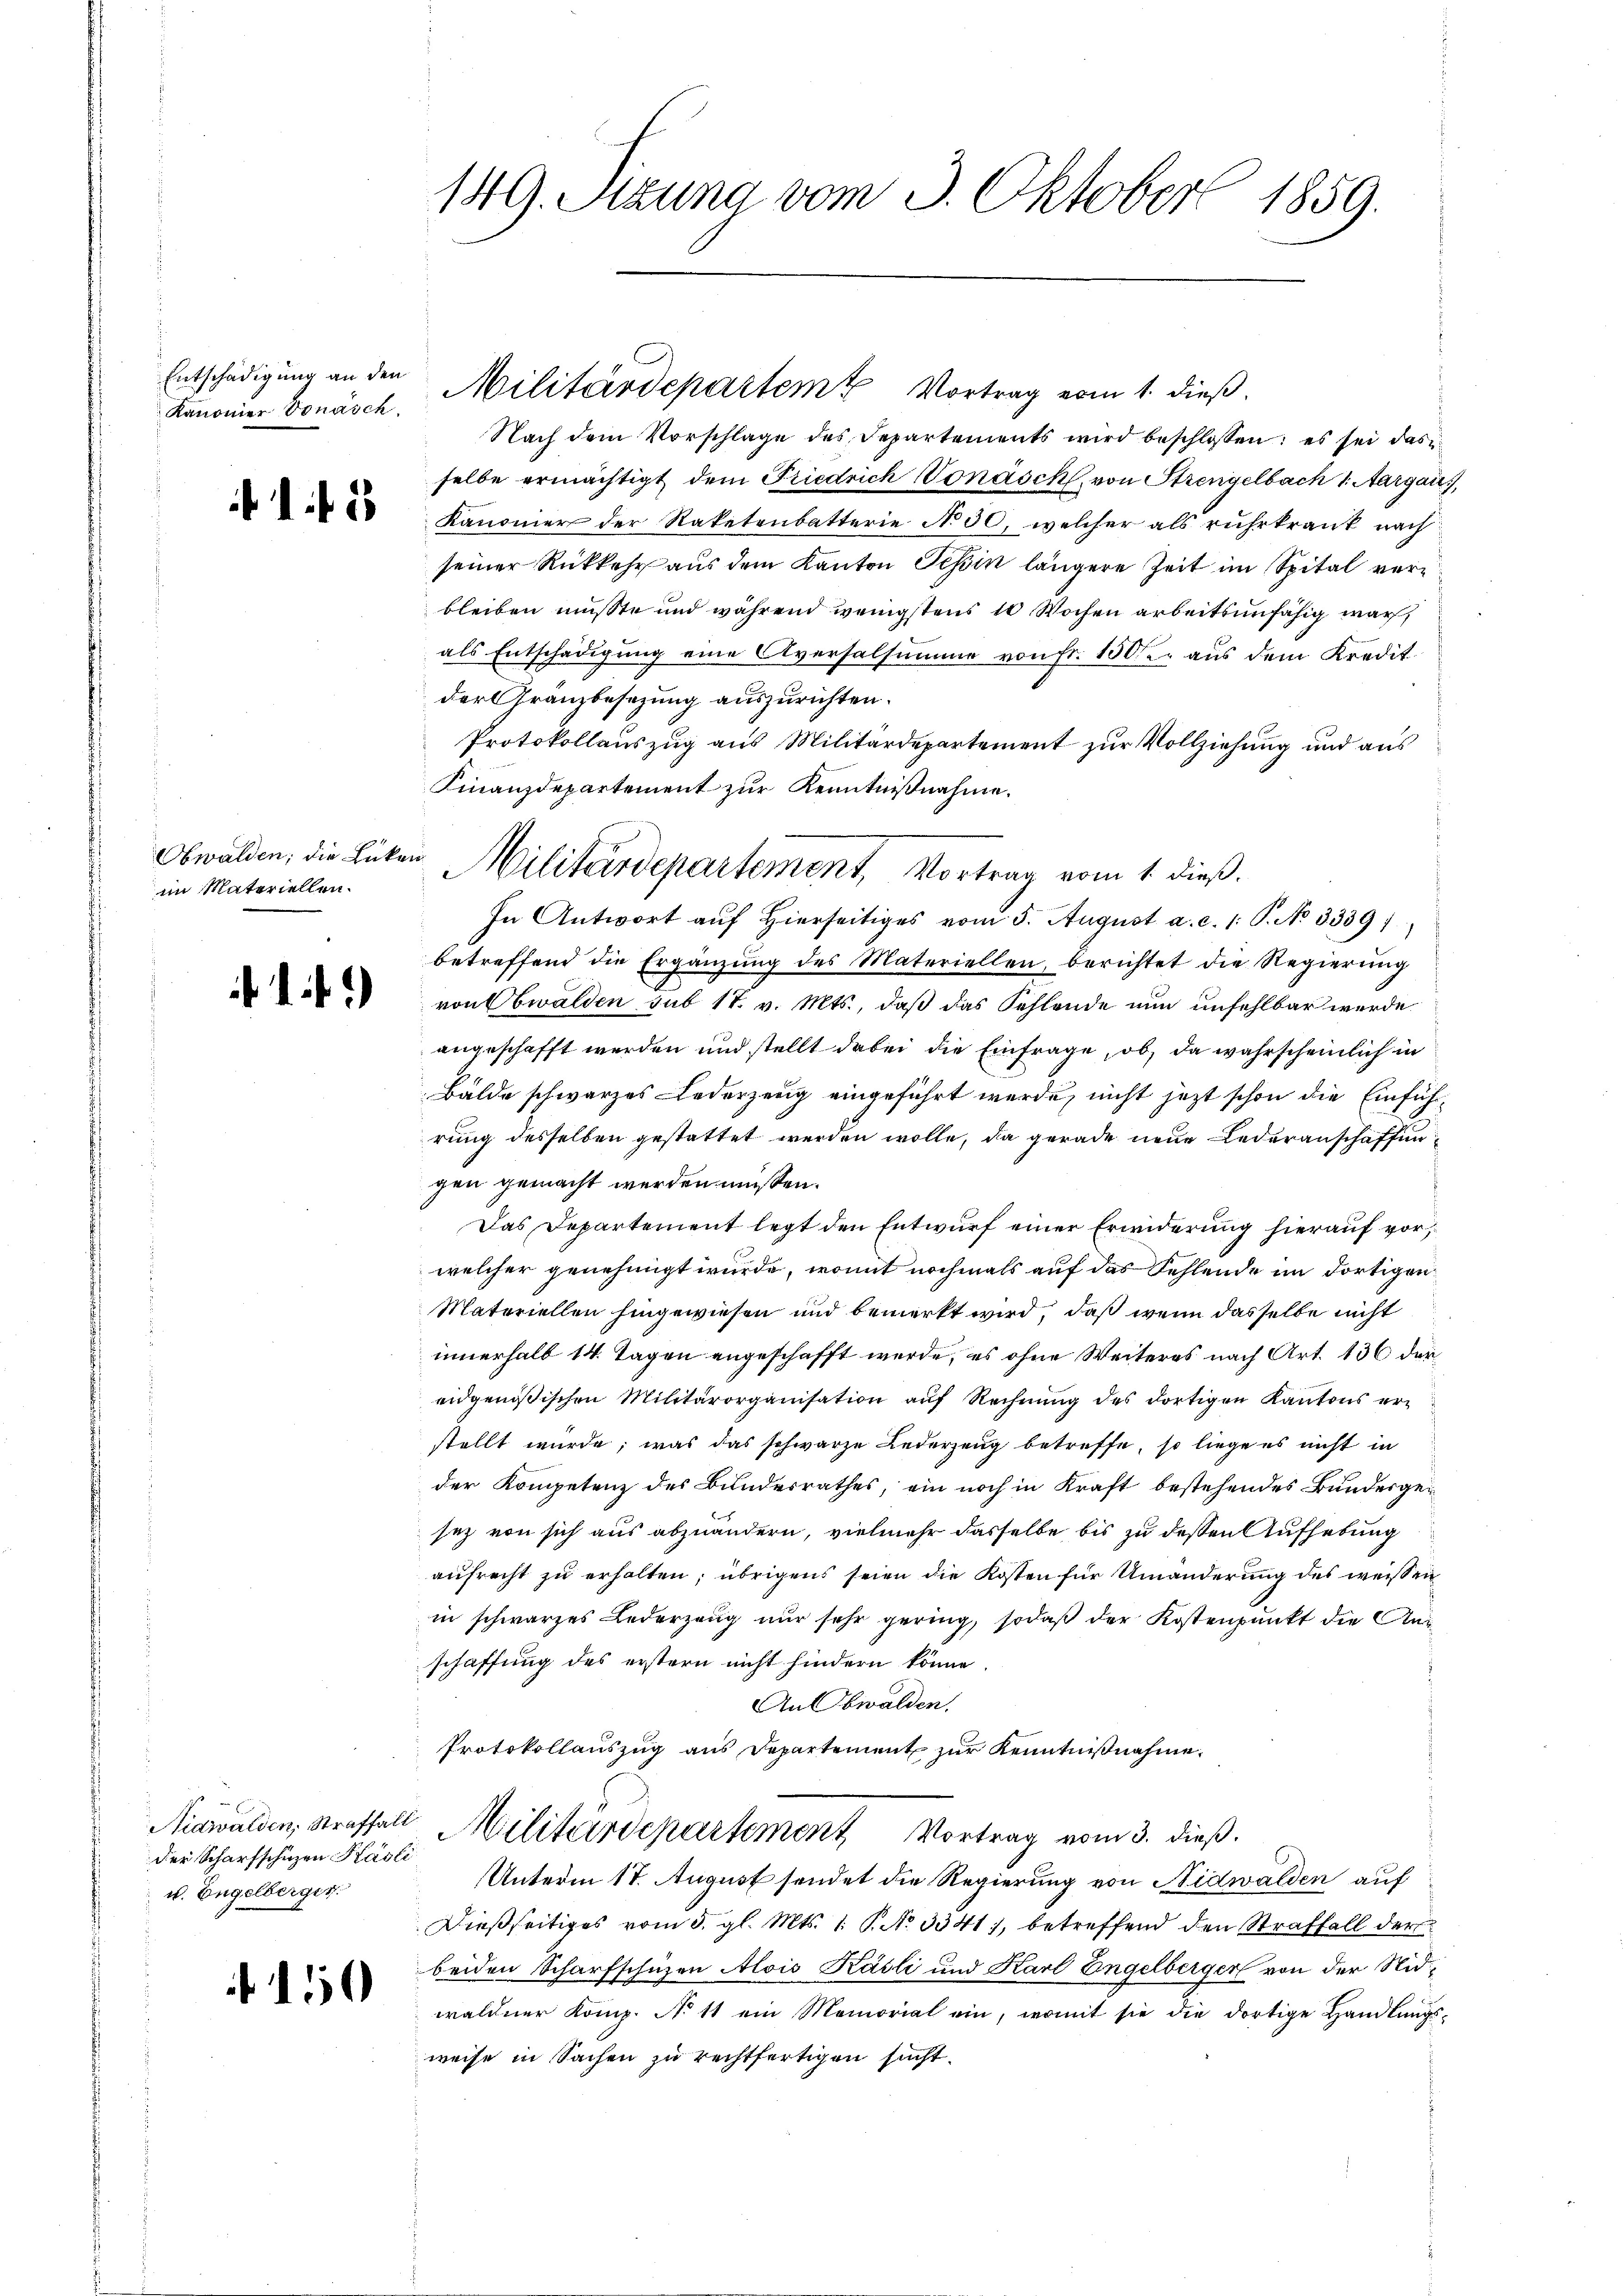
Kanonier Vonasch.

Nach dem Vorschlage des Departements wird beschlossen: es sei das
selbe ermächtigt dem Friedrich Vonasch, von Strengelbach 1. Aargau,
 Kanonier der Raketenbatterie No 30, welcher als ruhrkrank nach
seiner Rückkehr aus dem Kanton Tessin längere Zeit im Spital verbleiben müsste und während wenigstens 10 Wochen arbeitsunfähig war,
als Entschädigung eine Aversalsumme von Fr. 150f aus dem Kredit.
der Gränzbesezung auszurichten.
Protokollauszug aus Militärdepartement zur Vollziehung und aus
Finanzdepartement zur Kenntnißnahme.
In Antwort aŭf hierseitiges vom 5. August a. c. 1. P. No 3339)
betreffend die Ergänzŭng des Materiellen, berichtet die Regierŭng
 von Obwalden sub 17. v. Mts., daß das Fehlende nun unfehlbar werde
angeschafft werden und stellt dabei die Einfrage, ob, da wahrscheinlich in
Bälde schwarzes Lederzeug eingeführt werde, nicht jetzt schon die Einführung desselben gestattet werden wolle, da gerade neue Lederanschaffengen gemacht werden müssen.
Das Departement legt den Entwŭrf einer Erwiderung hierauf vorwelcher genehmigt wurde, womit nochmals auf das Fehlende im dortigen
Materiellen hingewiesen und bemerkt wird, daß wenn dasselbe nicht
innerhalb 14. Tagen angeschafft werde, es ohne Weiteres nach Art. 136 der
eidgenößischen Militärorganisation aŭf Rechnŭng des dortigen Kantons erstellt wurde, was das schwarze Lederzung betreffe, so liege es nicht in
der Kompetenz des Bundesrathes, ein noch in Kraft bestehendes Bundergesez von sich aus abzuändern, vielmehr dasselbe bis zu dessen Aufhebung
aufrecht zu erhalten; übrigens seien die Kosten für Umänderung des weisen
in schwarzes Lederzeug nur sehr gering, sodaß der Kostenpunkt die Anschaffung des erstern nicht hindern könne.
An Obwalden.
Protokollauszug aus Departement zur Kenntnißnahme.
Nidwalden, Straffall Militärdepartement Vortrag vom 3. dieß.
Unterm 17. August sendet die Regierung von Nidwalden auf
Dießseitiges vom 3. gl. Mts. 1. P. No 3341), betreffend den Straffall der
beiden Scharfschüzen Alois Käsli und Karl Engelberger von der Nidwaldner Komp. No 11 ein Memorial ein, womit sie die dortige Handlŭngs-
weise in Sachen zu rechtfertigen sucht.

Obwalden; die Lücken
im Materiellen.

der Scharfschüzen Käsli
u. Engelberger

149. Sitzung vom 3. Oktober 1859.

Entschädigung an den Militärdepartem Vortrag vom 1. dieß.

Militärdepartement, Vortrag vom 1. dieß.